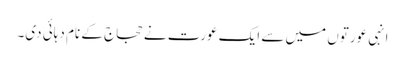
انہی عورتوں میں سے ایک عورت نے حجاج کے نام دہائی دی۔